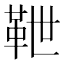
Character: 靾